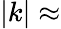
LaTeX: |k|\approx